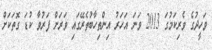
ވަހީދުގެ ވެރިކަމުގަ 2013 ވަނަ އަހަރު އިންތިހާބުތެރޭގައި ވަރަށް ފަރުވާ ކުޑަ ގޮތަކަށް